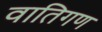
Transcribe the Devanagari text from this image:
वातिगण